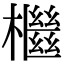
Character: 檵